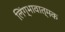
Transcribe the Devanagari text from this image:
लिंग्भावात्मक